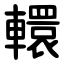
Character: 轘